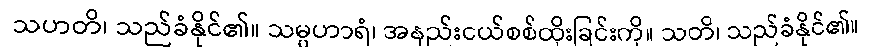
သဟတိ၊ သည်ခံနိုင်၏။ သမ္ပဟာရံ၊ အနည်းငယ်စစ်ထိုးခြင်းကို။ သတိ၊ သည်ခံနိုင်၏။